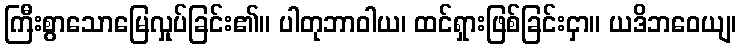
ကြီးစွာသောမြေလှုပ်ခြင်း၏။ ပါတုဘာဝါယ၊ ထင်ရှားဖြစ်ခြင်းငှာ။ ယဒိဘဝေယျ၊